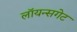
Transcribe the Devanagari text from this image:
लॉयन्सगेट